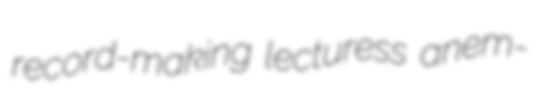
record-making lecturess anem-